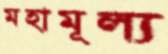
মহামূল্য